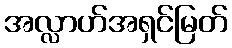
အလ္လာဟ်အရှင်မြတ်